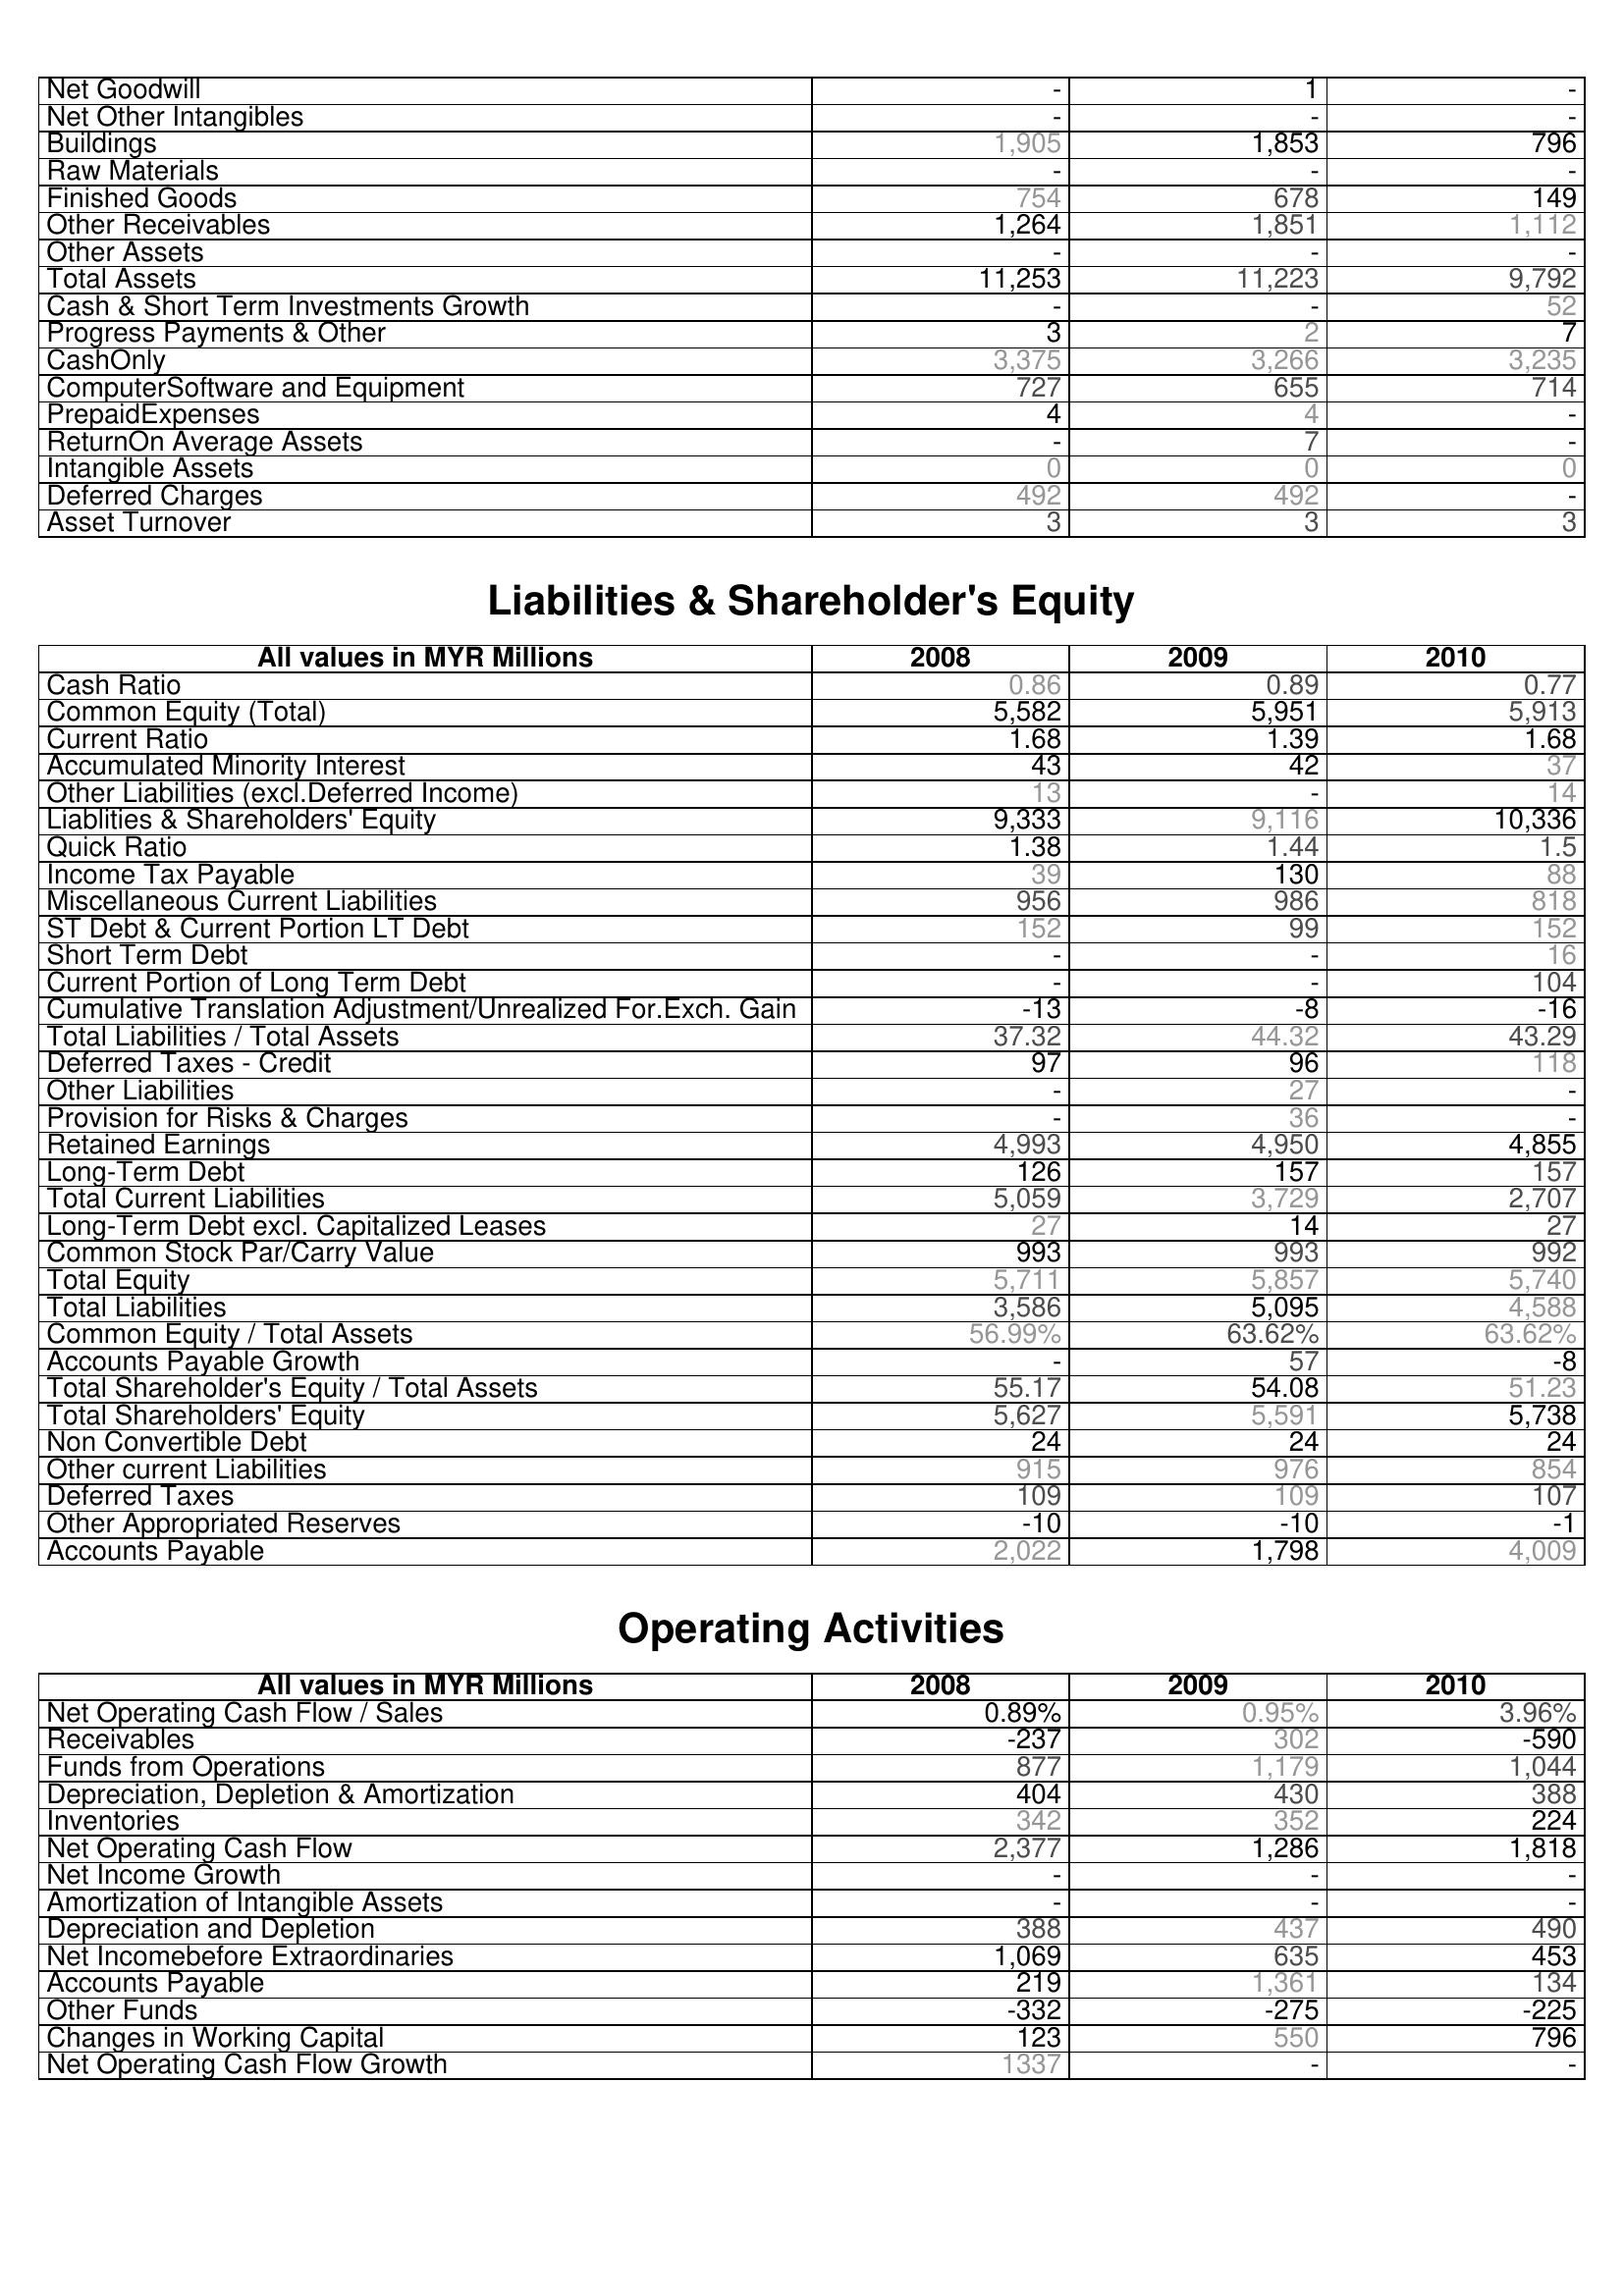
2008: Assets: Net Goodwill: -
Net Other Intangibles: -
Buildings: 1,905
Raw Materials: -
Finished Goods: 754
Other Receivables: 1,264
Other Assets: -
Total Assets: 11,253
Cash & Short Term Investments Growth: -
Progress Payments & Other: 3
CashOnly: 3,375
ComputerSoftware and Equipment: 727
PrepaidExpenses: 4
ReturnOn Average Assets: -
Intangible Assets: 0
Deferred Charges: 492
Asset Turnover: 3
Liabilities & Shareholder's Equity: Cash Ratio: 0.86
Common Equity (Total): 5,582
Current Ratio: 1.68
Accumulated Minority Interest: 43
Other Liabilities (excl.Deferred Income): 13
Liablities & Shareholders' Equity: 9,333
Quick Ratio: 1.38
Income Tax Payable: 39
Miscellaneous Current Liabilities: 956
ST Debt & Current Portion LT Debt: 152
Short Term Debt: -
Current Portion of Long Term Debt: -
Cumulative Translation Adjustment/Unrealized For.Exch. Gain: -13
Total Liabilities / Total Assets: 37.32
Deferred Taxes - Credit: 97
Other Liabilities: -
Provision for Risks & Charges: -
Retained Earnings: 4,993
Long-Term Debt: 126
Total Current Liabilities: 5,059
Long-Term Debt excl. Capitalized Leases: 27
Common Stock Par/Carry Value: 993
Total Equity: 5,711
Total Liabilities: 3,586
Common Equity / Total Assets: 56.99%
Accounts Payable Growth: -
Total Shareholder's Equity / Total Assets: 55.17
Total Shareholders' Equity: 5,627
Non Convertible Debt: 24
Other current Liabilities: 915
Deferred Taxes: 109
Other Appropriated Reserves: -10
Accounts Payable: 2,022
Operating Activities: Net Operating Cash Flow / Sales: 0.89%
Receivables: -237
Funds from Operations: 877
Depreciation, Depletion & Amortization: 404
Inventories: 342
Net Operating Cash Flow: 2,377
Net Income Growth: -
Amortization of Intangible Assets: -
Depreciation and Depletion: 388
Net Incomebefore Extraordinaries: 1,069
Accounts Payable: 219
Other Funds: -332
Changes in Working Capital: 123
Net Operating Cash Flow Growth: 1337
2009: Assets: Net Goodwill: 1
Net Other Intangibles: -
Buildings: 1,853
Raw Materials: -
Finished Goods: 678
Other Receivables: 1,851
Other Assets: -
Total Assets: 11,223
Cash & Short Term Investments Growth: -
Progress Payments & Other: 2
CashOnly: 3,266
ComputerSoftware and Equipment: 655
PrepaidExpenses: 4
ReturnOn Average Assets: 7
Intangible Assets: 0
Deferred Charges: 492
Asset Turnover: 3
Liabilities & Shareholder's Equity: Cash Ratio: 0.89
Common Equity (Total): 5,951
Current Ratio: 1.39
Accumulated Minority Interest: 42
Other Liabilities (excl.Deferred Income): -
Liablities & Shareholders' Equity: 9,116
Quick Ratio: 1.44
Income Tax Payable: 130
Miscellaneous Current Liabilities: 986
ST Debt & Current Portion LT Debt: 99
Short Term Debt: -
Current Portion of Long Term Debt: -
Cumulative Translation Adjustment/Unrealized For.Exch. Gain: -8
Total Liabilities / Total Assets: 44.32
Deferred Taxes - Credit: 96
Other Liabilities: 27
Provision for Risks & Charges: 36
Retained Earnings: 4,950
Long-Term Debt: 157
Total Current Liabilities: 3,729
Long-Term Debt excl. Capitalized Leases: 14
Common Stock Par/Carry Value: 993
Total Equity: 5,857
Total Liabilities: 5,095
Common Equity / Total Assets: 63.62%
Accounts Payable Growth: 57
Total Shareholder's Equity / Total Assets: 54.08
Total Shareholders' Equity: 5,591
Non Convertible Debt: 24
Other current Liabilities: 976
Deferred Taxes: 109
Other Appropriated Reserves: -10
Accounts Payable: 1,798
Operating Activities: Net Operating Cash Flow / Sales: 0.95%
Receivables: 302
Funds from Operations: 1,179
Depreciation, Depletion & Amortization: 430
Inventories: 352
Net Operating Cash Flow: 1,286
Net Income Growth: -
Amortization of Intangible Assets: -
Depreciation and Depletion: 437
Net Incomebefore Extraordinaries: 635
Accounts Payable: 1,361
Other Funds: -275
Changes in Working Capital: 550
Net Operating Cash Flow Growth: -
2010: Assets: Net Goodwill: -
Net Other Intangibles: -
Buildings: 796
Raw Materials: -
Finished Goods: 149
Other Receivables: 1,112
Other Assets: -
Total Assets: 9,792
Cash & Short Term Investments Growth: 52
Progress Payments & Other: 7
CashOnly: 3,235
ComputerSoftware and Equipment: 714
PrepaidExpenses: -
ReturnOn Average Assets: -
Intangible Assets: 0
Deferred Charges: -
Asset Turnover: 3
Liabilities & Shareholder's Equity: Cash Ratio: 0.77
Common Equity (Total): 5,913
Current Ratio: 1.68
Accumulated Minority Interest: 37
Other Liabilities (excl.Deferred Income): 14
Liablities & Shareholders' Equity: 10,336
Quick Ratio: 1.5
Income Tax Payable: 88
Miscellaneous Current Liabilities: 818
ST Debt & Current Portion LT Debt: 152
Short Term Debt: 16
Current Portion of Long Term Debt: 104
Cumulative Translation Adjustment/Unrealized For.Exch. Gain: -16
Total Liabilities / Total Assets: 43.29
Deferred Taxes - Credit: 118
Other Liabilities: -
Provision for Risks & Charges: -
Retained Earnings: 4,855
Long-Term Debt: 157
Total Current Liabilities: 2,707
Long-Term Debt excl. Capitalized Leases: 27
Common Stock Par/Carry Value: 992
Total Equity: 5,740
Total Liabilities: 4,588
Common Equity / Total Assets: 63.62%
Accounts Payable Growth: -8
Total Shareholder's Equity / Total Assets: 51.23
Total Shareholders' Equity: 5,738
Non Convertible Debt: 24
Other current Liabilities: 854
Deferred Taxes: 107
Other Appropriated Reserves: -1
Accounts Payable: 4,009
Operating Activities: Net Operating Cash Flow / Sales: 3.96%
Receivables: -590
Funds from Operations: 1,044
Depreciation, Depletion & Amortization: 388
Inventories: 224
Net Operating Cash Flow: 1,818
Net Income Growth: -
Amortization of Intangible Assets: -
Depreciation and Depletion: 490
Net Incomebefore Extraordinaries: 453
Accounts Payable: 134
Other Funds: -225
Changes in Working Capital: 796
Net Operating Cash Flow Growth: -